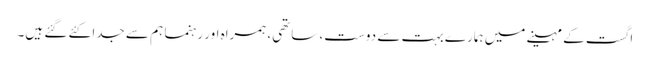
اگست کے مہینے میں ہمارے بہت سے دوست، ساتھی، ہمراہ اور رہنما ہم سے جدا کئے گئے ہیں۔